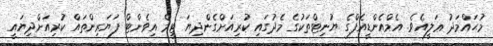
މުޙައްމަދު ޢަލީއެވެ. އެމްއެންޑީއެފްގެ ޔުނިޓްތަކުގެ މެދުގައި ކުރިއަށްގެންދިޔަ ޓީމް އިވެންޓް ފަޔަރިންތައް ކުރިއަށްދިޔައީ